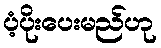
ပံ့ပိုးပေးမည်ဟု